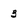
Character: 3